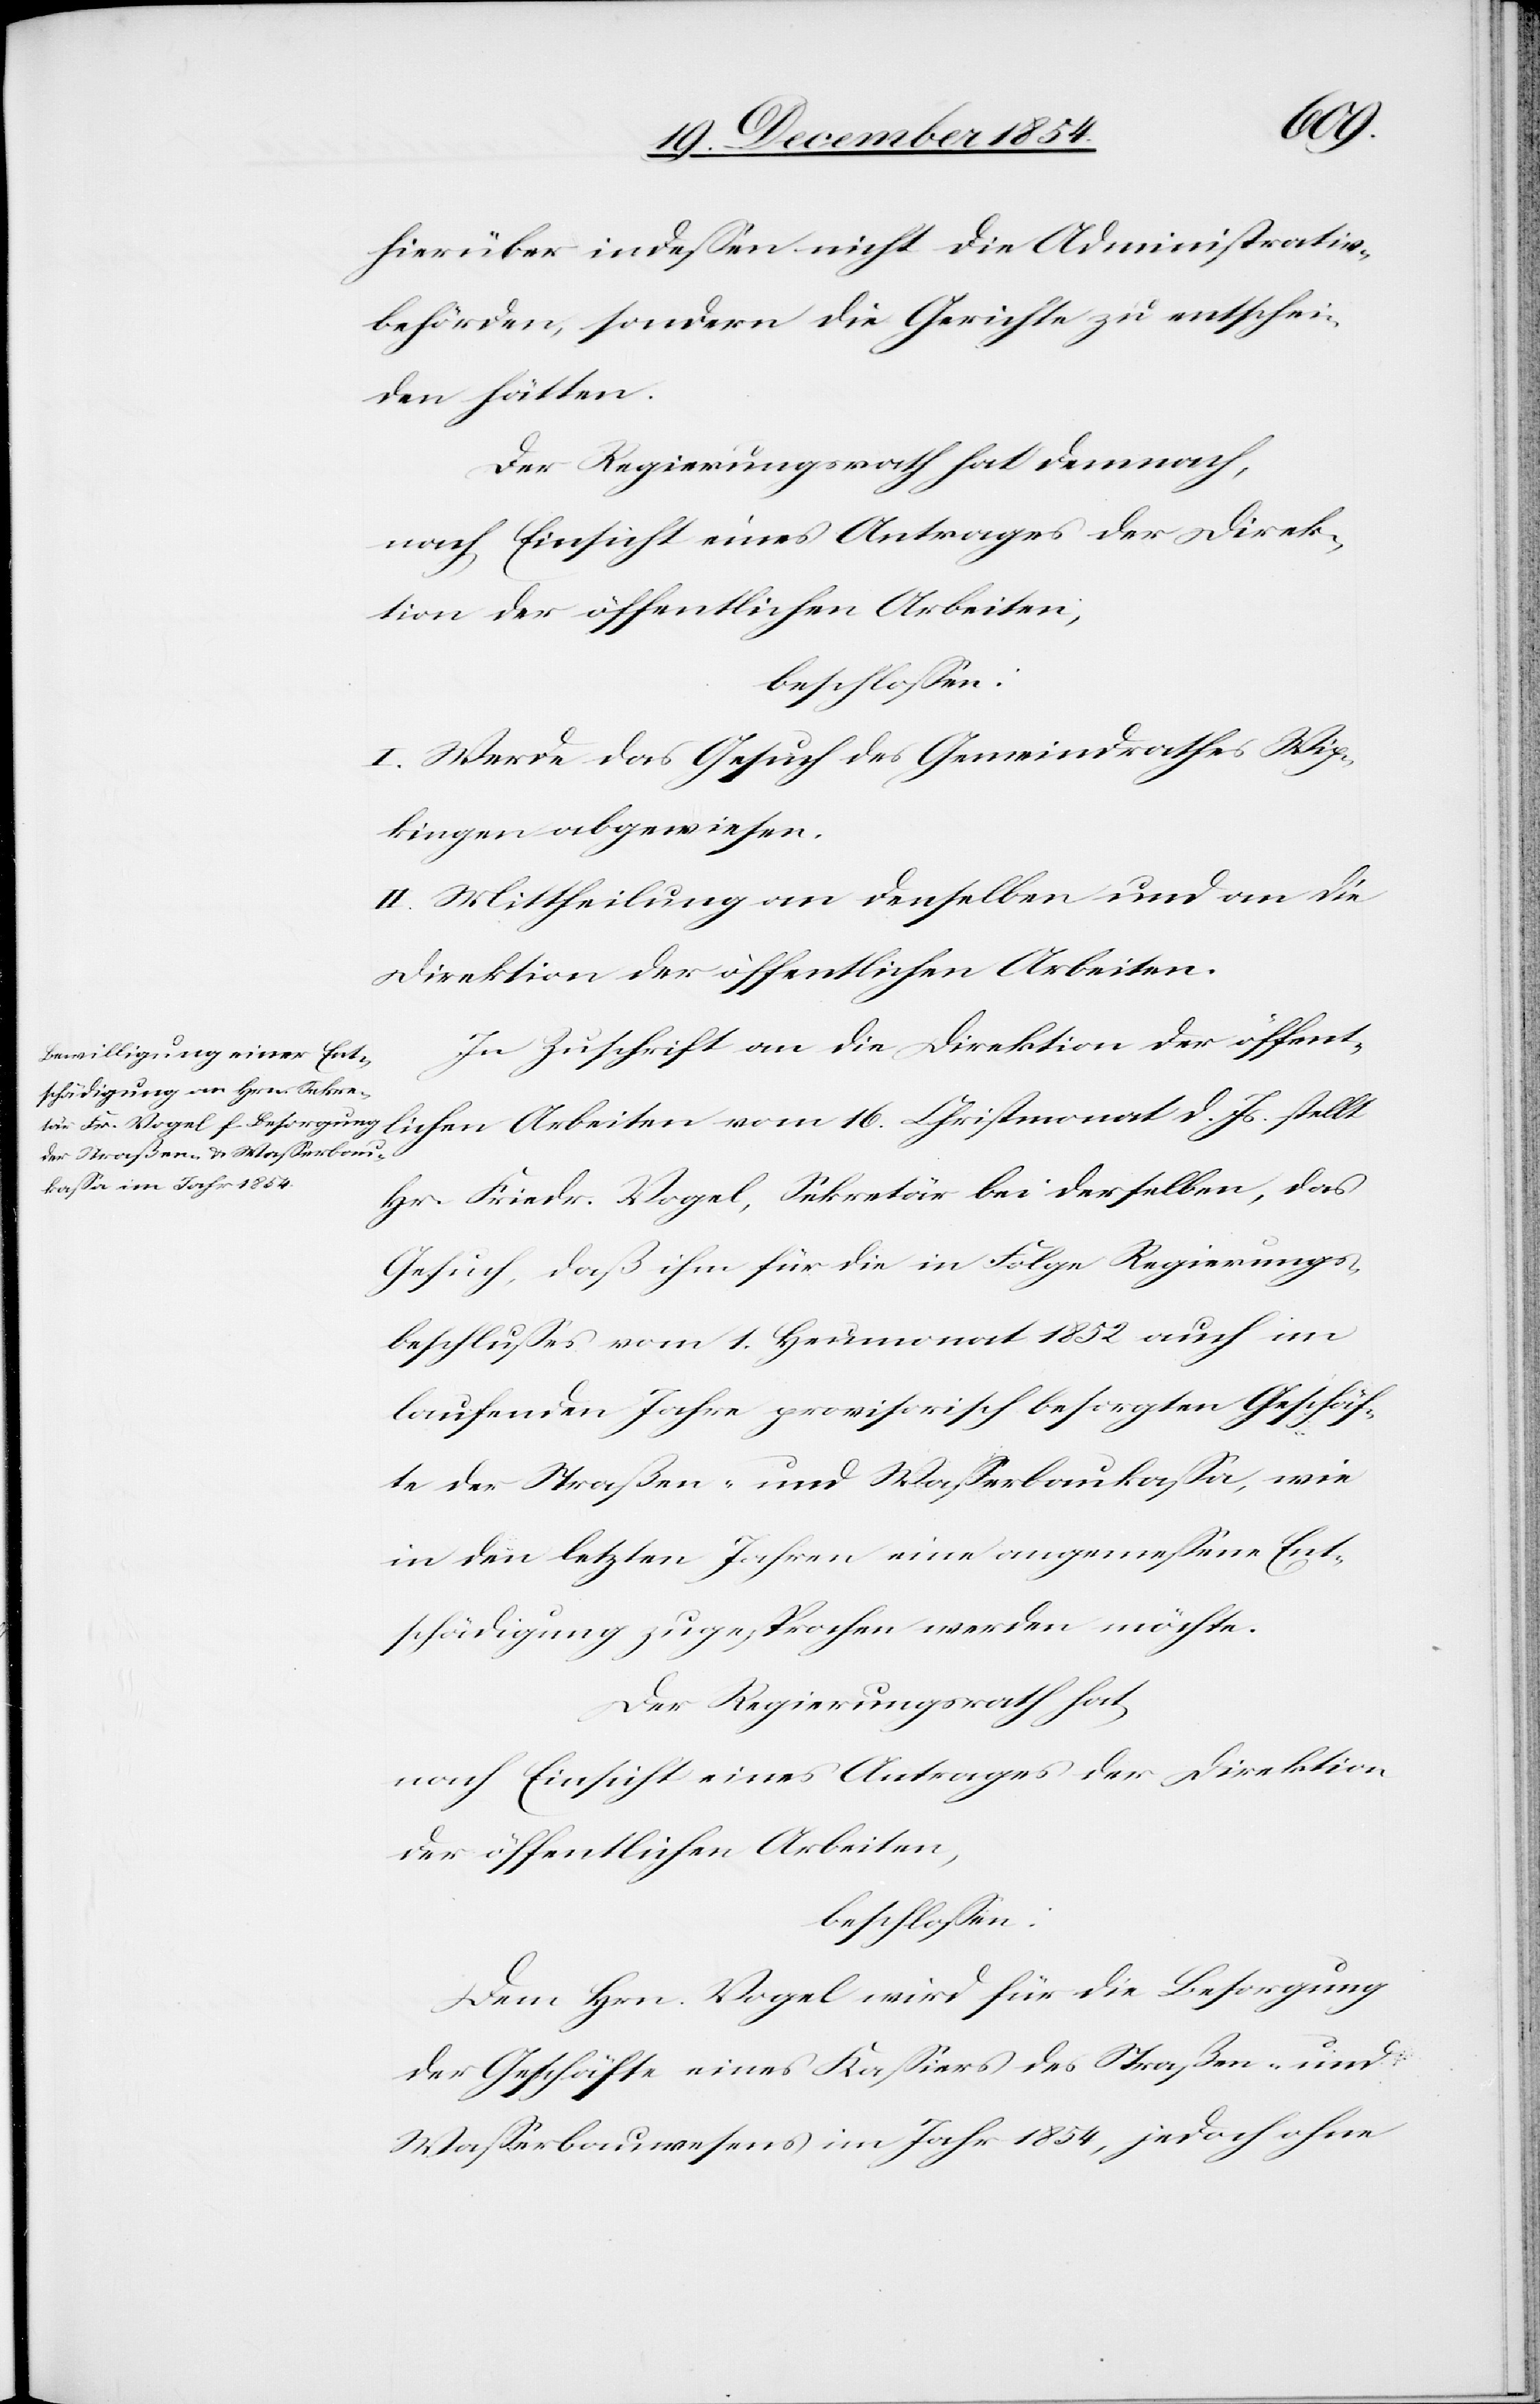
hierüber indeßen nicht die Administrativ¬
behörden, sondern die Gerichte zu entschei¬
den hätten.
Der Regierungsrath hat demnach,
I. Werde das Gesuch des Gemeindrathes Wip¬
kingen abgewiesen.
II. Mittheilung an denselben und an die
Direktion der öffentlichen Arbeiten.
In Zuschrift an die Direktion der öffent¬
lichen Arbeiten vom 16. Christmonat d. Js. stellt
Hr. Friedr. Vogel, Sekretär bei derselben, das
Gesuch, daß ihm für die in Folge Regierungs¬
beschlußes vom 1. Heumonat 1852 auch im
laufenden Jahre provisorisch besorgten Geschäf¬
te der Straßen- und Waßerbaukaßa, wie
in den letzten Jahren eine angemeßene Ent¬
schädigung zugesprochen werden möchte.
Der Regierungsrath hat
nach Einsicht eines Antrages der Direktion
der öffentlichen Arbeiten,
beschloßen:
Dem Hrn. Vogel wird die Besorgung
der Geschäfte eines Kaßiers des Straßen- und
Waßerbauwesens im Jahr 1854, jedoch ohne